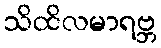
သိထိလမာရဗ္ဘ